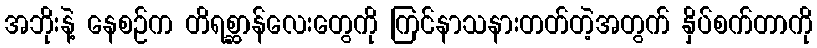
အဘိုးနဲ့ နေစဉ်က တိရစ္ဆာန်လေးတွေကို ကြင်နာသနားတတ်တဲ့အတွက် နှိပ်စက်တာကို